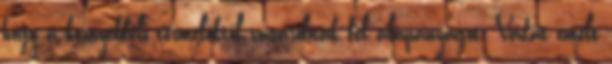
hogy a környékbeli termelőktől vásárolnak fel alapanyagot. Vádat emelt